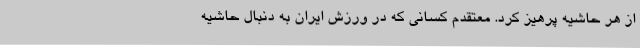
از هر حاشیه پرهیز کرد. معتقدم کسانی که در ورزش ایران به دنبال حاشیه